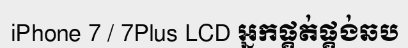
iPhone 7 / 7Plus LCD អ្នកផ្គត់ផ្គង់ឆប